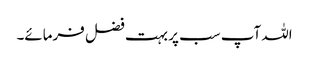
اللہ آپ سب پر بہت فضل فرمائے۔